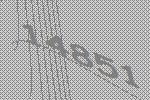
14851